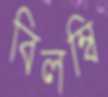
বিলম্বি